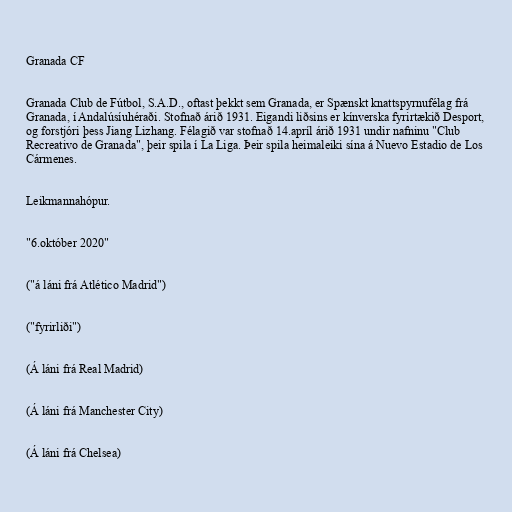
Granada CF

Granada Club de Fútbol, S.A.D., oftast þekkt sem Granada, er Spænskt knattspyrnufélag frá
Granada, í Andalúsíuhéraði. Stofnað árið 1931. Eigandi liðsins er kínverska fyrirtækið Desport,
og forstjóri þess Jiang Lizhang. Félagið var stofnað 14.apríl árið 1931 undir nafninu "Club
Recreativo de Granada", þeir spila í La Liga. Þeir spila heimaleiki sína á Nuevo Estadio de Los
Cármenes.

Leikmannahópur.

"6.október 2020"

("á láni frá Atlético Madrid")

("fyrirliði")

(Á láni frá Real Madrid)

(Á láni frá Manchester City)

(Á láni frá Chelsea)